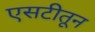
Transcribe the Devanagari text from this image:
एसटीतून